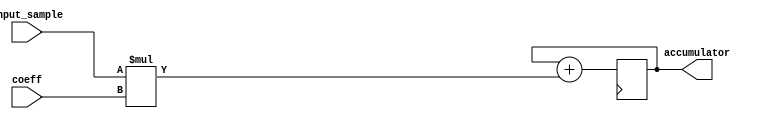
module arithmetic_block (
  input [15:0] input_sample,
  input [15:0] coeff,
  output reg [31:0] accumulator
);

reg [31:0] mult_result;

always @(*) begin
  mult_result = input_sample * coeff;
end

always @(posedge clk) begin
  accumulator <= accumulator + mult_result;
end

endmodule